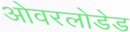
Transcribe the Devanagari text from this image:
ओवरलोडेड